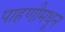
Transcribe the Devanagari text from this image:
पाहणीमधून